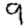
Digit: 9